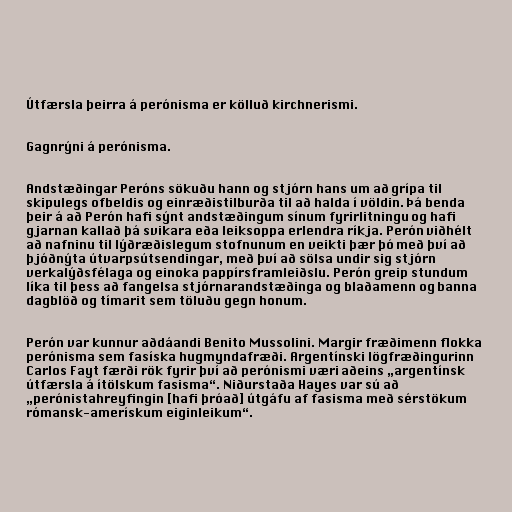
Útfærsla þeirra á perónisma er kölluð kirchnerismi.

Gagnrýni á perónisma.

Andstæðingar Peróns sökuðu hann og stjórn hans um að grípa til
skipulegs ofbeldis og einræðistilburða til að halda í völdin. Þá benda
þeir á að Perón hafi sýnt andstæðingum sínum fyrirlitningu og hafi
gjarnan kallað þá svikara eða leiksoppa erlendra ríkja. Perón viðhélt
að nafninu til lýðræðislegum stofnunum en veikti þær þó með því að
þjóðnýta útvarpsútsendingar, með því að sölsa undir sig stjórn
verkalýðsfélaga og einoka pappírsframleiðslu. Perón greip stundum
líka til þess að fangelsa stjórnarandstæðinga og blaðamenn og banna
dagblöð og tímarit sem töluðu gegn honum.

Perón var kunnur aðdáandi Benito Mussolini. Margir fræðimenn flokka
perónisma sem fasíska hugmyndafræði. Argentínski lögfræðingurinn
Carlos Fayt færði rök fyrir því að perónismi væri aðeins „argentínsk
útfærsla á ítölskum fasisma“. Niðurstaða Hayes var sú að
„perónistahreyfingin [hafi þróað] útgáfu af fasisma með sérstökum
rómansk-amerískum eiginleikum“.